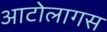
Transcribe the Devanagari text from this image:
आटोलागस